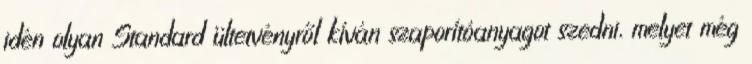
idén olyan Standard ültetvényről kíván szaporítóanyagot szedni, melyet még